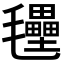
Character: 𭯭